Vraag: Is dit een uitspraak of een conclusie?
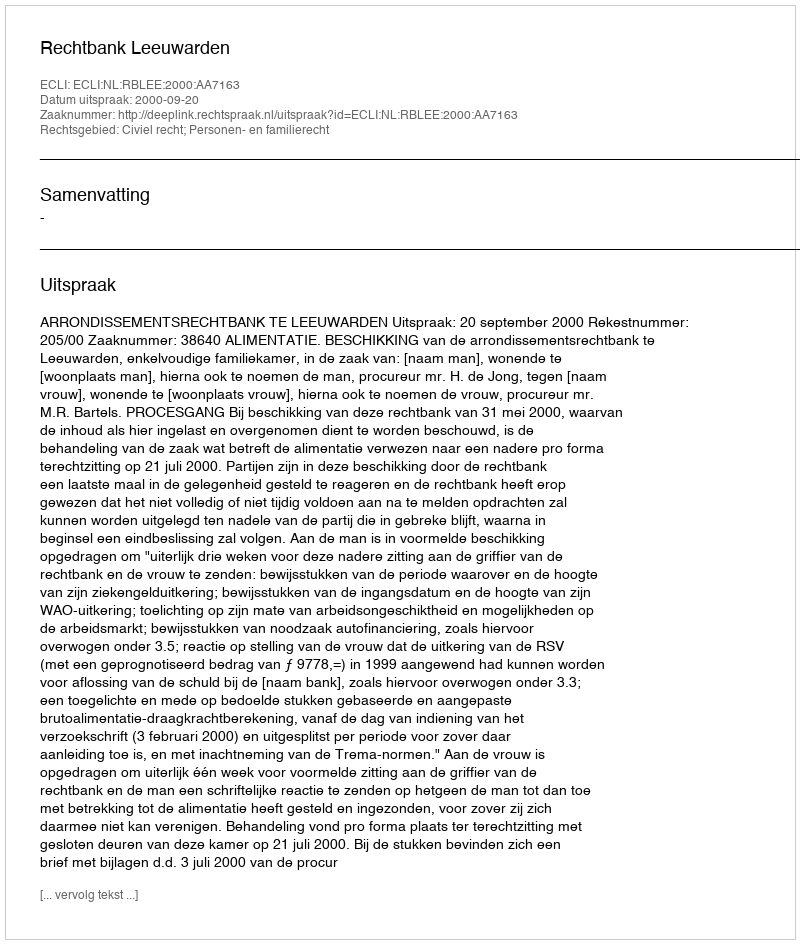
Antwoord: Uitspraak